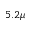
5 . 2 \mu